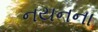
નયનના